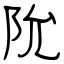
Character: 阭